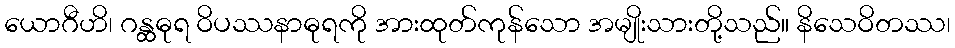
ယောဂီဟိ၊ ဂန္ထဓုရ ဝိပဿနာဓုရကို အားထုတ်ကုန်သော အမျိုးသားတို့သည်။ နိသေဝိတဿ၊